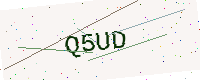
Text: Q5UD